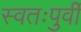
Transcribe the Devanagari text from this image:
स्वतःपुर्वी